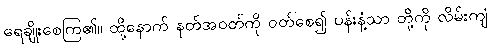
ရေချိုးစေကြ၏။ ထို့နောက် နတ်အဝတ်ကို ဝတ်စေ၍ ပန်းနံ့သာ တို့ကို လိမ်းကျံ